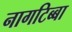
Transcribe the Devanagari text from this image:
नागटिब्बा